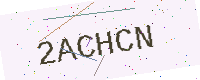
Text: 2ACHCN